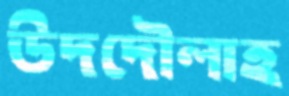
উদদৌলাহ